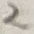
Text: 2